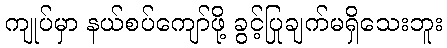
ကျုပ်မှာ နယ်စပ်ကျော်ဖို့ ခွင့်ပြုချက်မရှိသေးဘူး